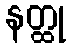
နတ္ထု